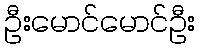
ဦးမောင်မောင်ဦး